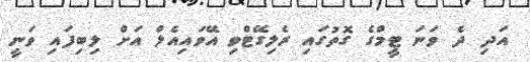
އަދި ދެ ވަނަ ޓީމްގެ ގޮތުގައި ރެލިގޭޓްވި އޭވައިއެލް އަށް ލިބިފައި ވަނީ